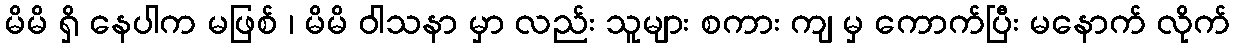
မိမိ ရှိ နေပါက မဖြစ် ၊ မိမိ ဝါသနာ မှာ လည်း သူများ စကား ကျ မှ ကောက်ပြီး မနောက် လိုက်